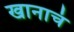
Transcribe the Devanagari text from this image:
खानाचं